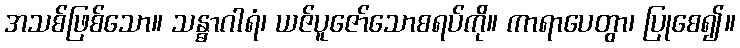
အသစ်ဖြစ်သော။ သန္ဓာဂါရံ၊ ယဇ်ပူဇော်သောစရပ်ကို။ ကာရာပေတွာ၊ ပြုစေ၍။